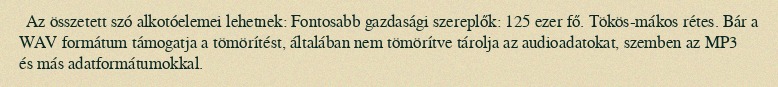
Az összetett szó alkotóelemei lehetnek: Fontosabb gazdasági szereplők: 125 ezer fő. Tökös-mákos rétes. Bár a WAV formátum támogatja a tömörítést, általában nem tömörítve tárolja az audioadatokat, szemben az MP3 és más adatformátumokkal.